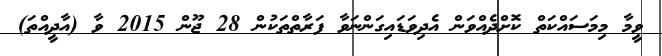
ވީމާ މިމަސައްކަތް ކޮށްދެއްވަން އެދިވަޑައިގަންނަވާ ފަރާތްތަކުން 28 ޖޫން 2015 ވާ (އާދީއްތަ)